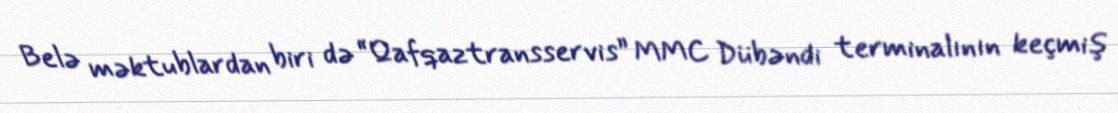
Belə məktublardan biri də “Qafqaztransservis” MMC Dübəndi terminalının keçmiş